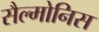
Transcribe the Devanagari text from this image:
सैल्मोनिस